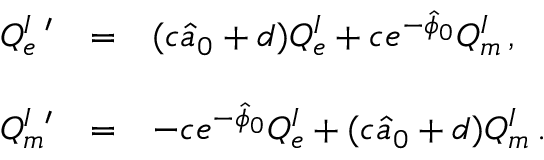
\begin{array} { r c l } { { { \cal Q } _ { e } ^ { I \ \prime } } } & { { = } } & { { ( c \hat { a } _ { 0 } + d ) { \cal Q } _ { e } ^ { I } + c e ^ { - \hat { \phi } _ { 0 } } { \cal Q } _ { m } ^ { I } \, , } } \\ { { } } & { { } } & { { } } \\ { { { \cal Q } _ { m } ^ { I \ \prime } } } & { { = } } & { { - c e ^ { - \hat { \phi } _ { 0 } } { \cal Q } _ { e } ^ { I } + ( c \hat { a } _ { 0 } + d ) { \cal Q } _ { m } ^ { I } \, . } } \end{array}